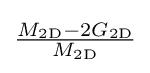
{\tfrac {M_{\mathrm {2D} }-2G_{\mathrm {2D} }}{M_{\mathrm {2D} }}}